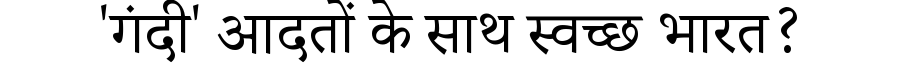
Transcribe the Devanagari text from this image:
'गंदी' आदतों के साथ स्वच्छ भारत?